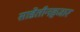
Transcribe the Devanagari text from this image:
साडेतीनहजार